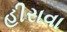
હીરાવા